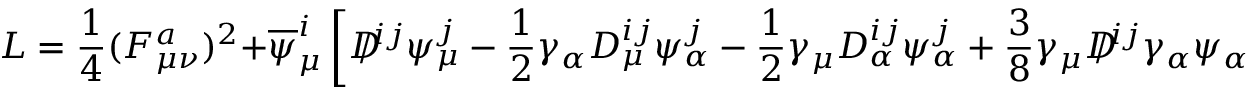
{ \cal L } = \frac { 1 } { 4 } ( F _ { \mu \nu } ^ { a } ) ^ { 2 } + \overline { { { \psi } } } _ { \mu } ^ { i } \left[ D \! \! \! \! \slash ^ { i j } \psi _ { \mu } ^ { j } - \frac { 1 } { 2 } \gamma _ { \alpha } D _ { \mu } ^ { i j } \psi _ { \alpha } ^ { j } - \frac { 1 } { 2 } \gamma _ { \mu } D _ { \alpha } ^ { i j } \psi _ { \alpha } ^ { j } + \frac { 3 } { 8 } \gamma _ { \mu } D \! \! \! \! \slash ^ { i j } \gamma _ { \alpha } \psi _ { \alpha } \right] .